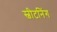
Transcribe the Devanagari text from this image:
स्वीटनिंग